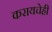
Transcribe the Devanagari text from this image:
करायचेही